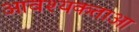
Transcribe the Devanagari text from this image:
आवश्यकताआ